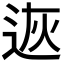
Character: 𨒭